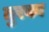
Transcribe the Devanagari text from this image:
तुरका